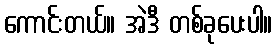
ကောင်းတယ်။ အဲဒီ တစ်ခုပေးပါ။